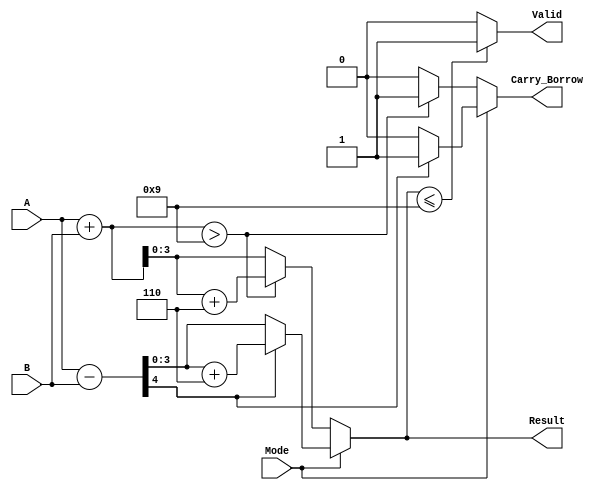
module BCD_Add_Subtracter (
    input [3:0] A,         // First BCD operand
    input [3:0] B,         // Second BCD operand
    input Mode,            // Mode: 0 for addition, 1 for subtraction
    output reg [3:0] Result, // BCD result of the operation
    output reg Carry_Borrow,  // Carry out or borrow
    output reg Valid         // Indicates if the result is a valid BCD number
);

    wire [4:0] Sum;         // Sum for addition (5 bits to accommodate carry)
    wire [4:0] Sub;         // Subtraction result (5 bits to accommodate borrow)
    
    // Binary Adder for Addition
    assign Sum = A + B;     // Perform addition
    // Binary Adder for Subtraction (Two's complement)
    assign Sub = A - B;     // Perform subtraction

    // BCD Correction Logic
    always @(*) begin
        if (Mode == 0) begin // Addition
            if (Sum > 9) begin
                Result = Sum + 4'b0110; // Add correction factor for BCD
                Carry_Borrow = 1; // Set carry out
            end else begin
                Result = Sum;
                Carry_Borrow = 0; // No carry out
            end
        end else begin // Subtraction
            if (Sub[4] == 1) begin // If the result is negative
                Result = Sub + 4'b0110; // Add correction factor for borrow
                Carry_Borrow = 1; // Set borrow
            end else begin
                Result = Sub[3:0]; // Take the lower 4 bits
                Carry_Borrow = 0; // No borrow
            end
        end

        // Validity Check
        Valid = (Result <= 9) ? 1 : 0; // Check if the result is a valid BCD
    end

endmodule